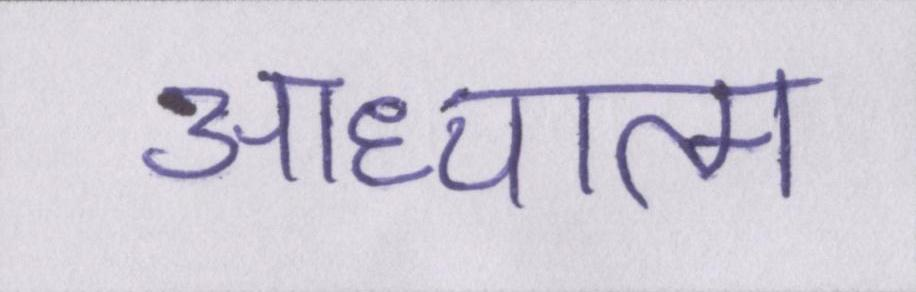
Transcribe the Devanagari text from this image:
आध्यात्म